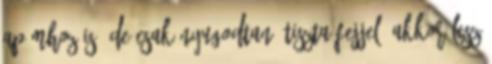
apámhoz is, de csak nyugodtan, tiszta fejjel. Akkor lesz